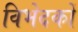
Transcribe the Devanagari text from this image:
विभेदकों